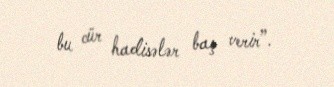
bu cür hadisələr baş verir”.